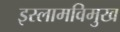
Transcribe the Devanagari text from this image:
इस्लामविमुख